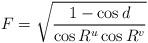
LaTeX: \begin{align*}F = \sqrt{\frac{1-\cos d}{\cos R^{u} \cos R^{v}}}\end{align*}